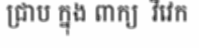
ជ្រាប ក្នុង ពាក្យ  វិវេក